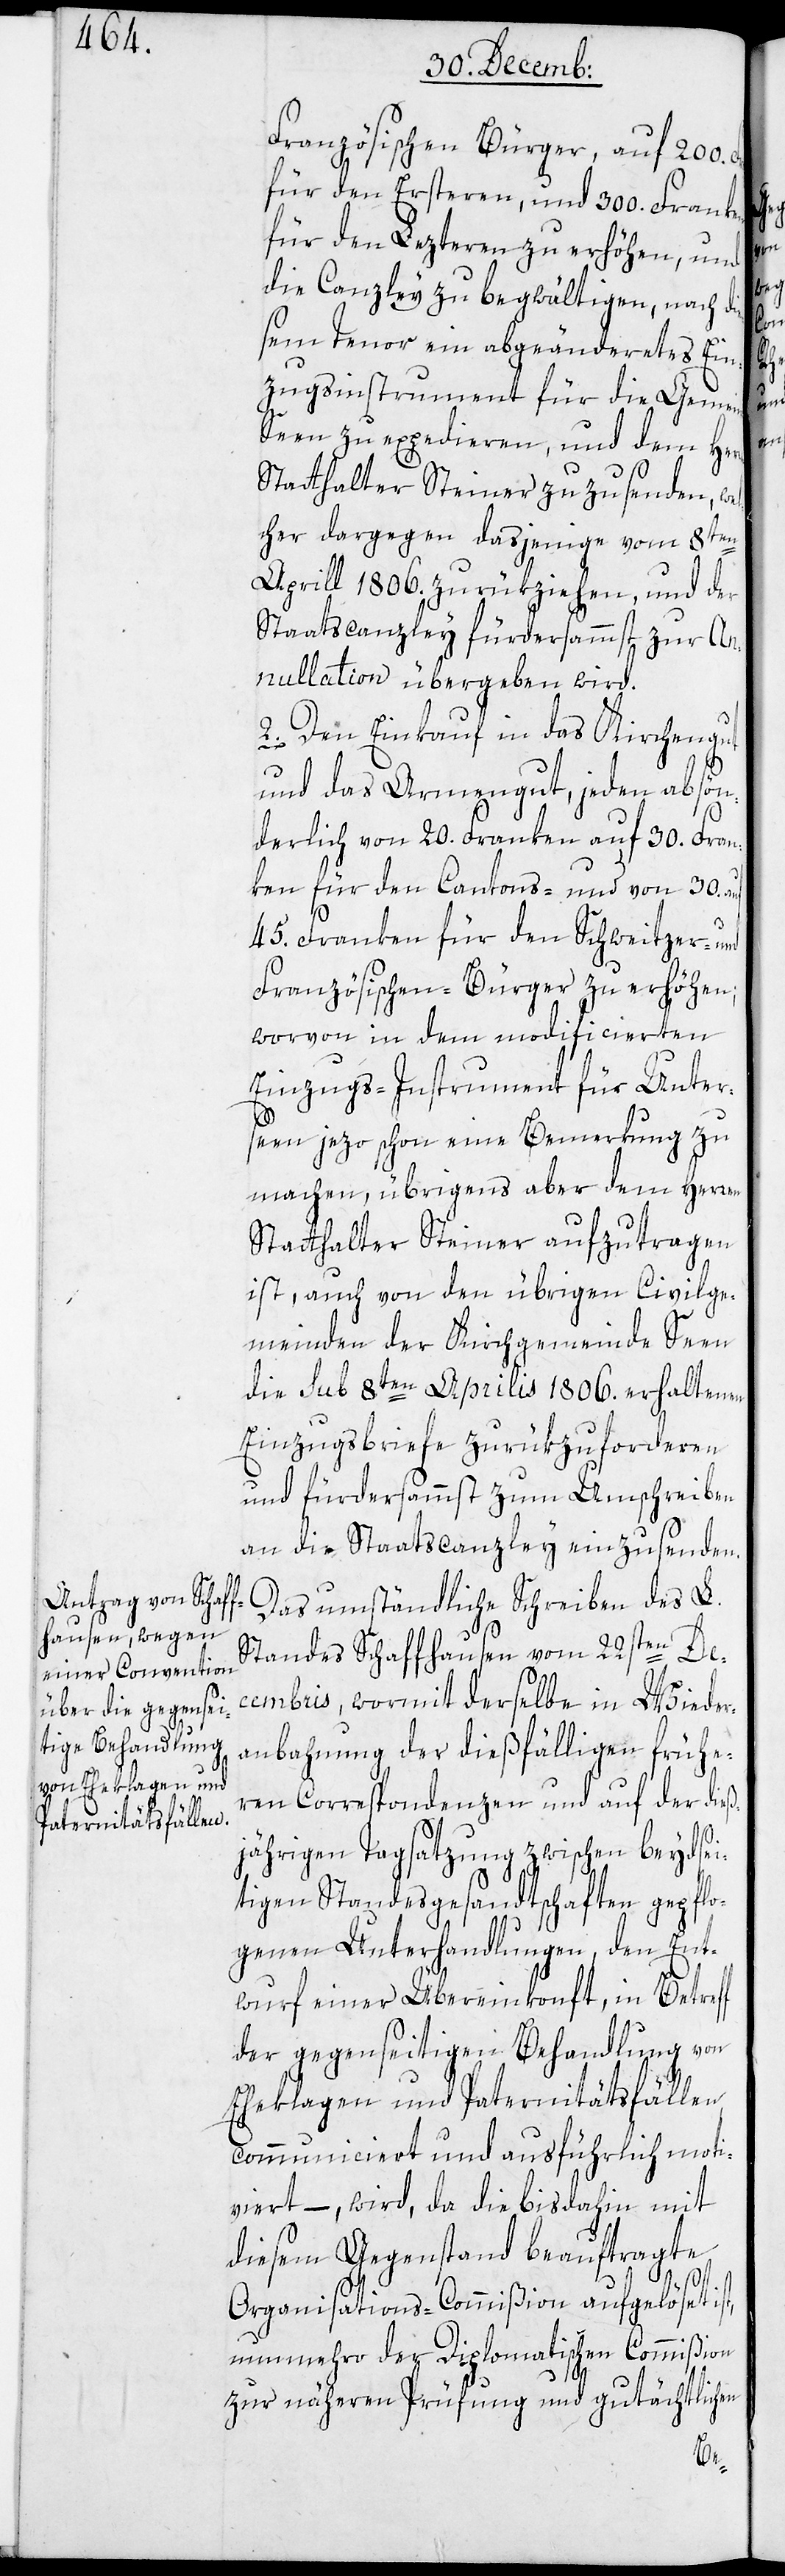
Französischen Bürger, auf 200.
für den Ersteren, und 300. Franken
für den Lezteren zu erhöhen, und
die Canzley zu begwältigen, nach di¬
esem Tenor ein abgeändertes Ein¬
zugsinstrument für die Geme¬
Seen zu expedieren, und dem Her¬
Statthalter Steiner zuzusenden, we¬
lcher dargegen dasjenige vom 8ten
April 1806. zurükziehen, und der
Staatscanzley fürdersamst zur An¬
nullation übergeben wird.
2. Den Einkauf in das Kirchengut
und das Armengut, jeden absön¬
derlich von 20. Franken auf 30. Fran¬
ken für den Cantons- und von 30. a¬
45. Franken für den Schweitzer- und
Französischen-Bürger zu erhöhen;
worvon in dem modificierten
Einzugs-Instrument für Unter¬
seen jetzo schon eine Bermerkung zu
machen, übrigens aber dem Herren
Statthalter Steiner aufzutragen
ist, auch von den übrigen Civilge¬
meinden der Kirchgemeinde Seen
die sub 8ten Aprilis 1806. erhaltenen
Einzugsbriefe zurükzuforderen
und fürdersammst zum Umschreiben
an die Staatscanzley einzusenden.
Das umständliche Schreiben des L.
Standes Schaffhausen vom 22sten De¬
cembris, wormit derselbe in Wieder¬
anbahnung der dießfälligen frühe¬
ren Corrspondenzen und auf der dieß¬
jährigen Tagsatzung zwischen beydsei¬
tigen Standesgesandtschaften gepflo¬
genen Unterhandlungen, den Ent¬
wurf einer Übereinkonft, in Betreff
der gegenseitigen Behandlung von
Eheklagen und Paternitätsfällen
communiciert und ausführlich moti¬
viert, – wird, da die bis dahin mit
diesem Gegenstand beauftragte
Organisations-Commißion aufgelöset ist,
nunmehro der diplomatischen Commißion
zur näheren Prüfung und gutächtlichen

uf

ren